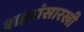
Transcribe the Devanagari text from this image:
शहरांसारखी